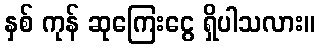
နှစ် ကုန် ဆုကြေးငွေ ရှိပါသလား။